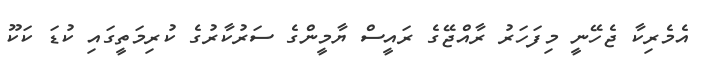
އެމެރިކާ ޖެހޭނީ މިފަަހަރު ރާއްޖޭގެ ރައީސް ޔާމީންގެ ސަރުކާރުގެ ކުރިމަތީގައި ކުޑަ ކަކޫ